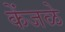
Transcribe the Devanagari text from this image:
केंजळे